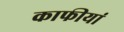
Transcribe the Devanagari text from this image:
काफीयां